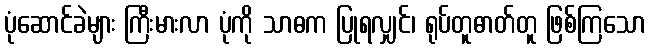
ပုံဆောင်ခဲများ ကြီးမားလာ ပုံကို သာဓက ပြုရလျှင်၊ ရုပ်တူဓာတ်တူ ဖြစ်ကြသော